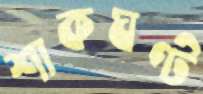
শাকঘণ্ট